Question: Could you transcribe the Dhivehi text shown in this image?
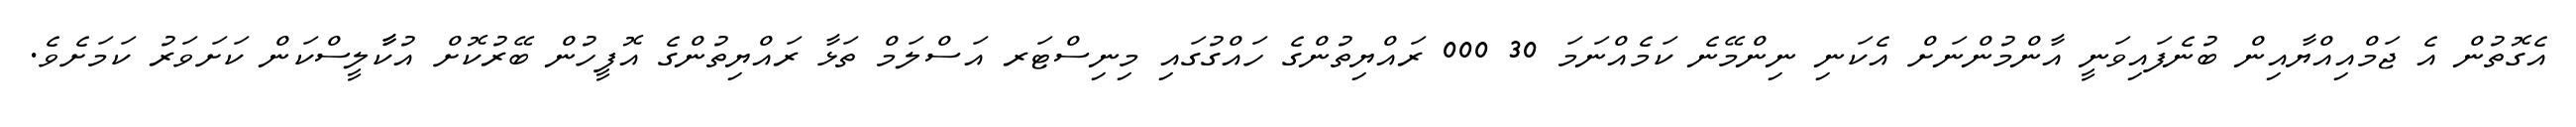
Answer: އެގޮތުން އެ ޖަމްއިއްޔާއިން ބުނެފައިވަނީ އާންމުންނަށް އެކަނި ނިންމޭނެ ކަމެއްނަމަ 30 000 ރައްޔިތުންގެ ހައްގުގައި މިނިސްޓަރ އަސްލަމް ތަޅާ ރައްޔިތުންގެ އޮފީހުން ބޭރުކޮށް އުކާާލީސްކަން ކަށަވަރު ކަމަށެވެ.